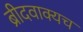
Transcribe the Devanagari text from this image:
ब्रीदवाक्यच